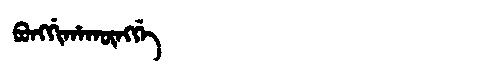
Manchu: ᠪᠣᠩᡤᡳᡥᠠᡴᡡᠩᡤᡝ
Romanization: BONGGIHAKŪNGGE